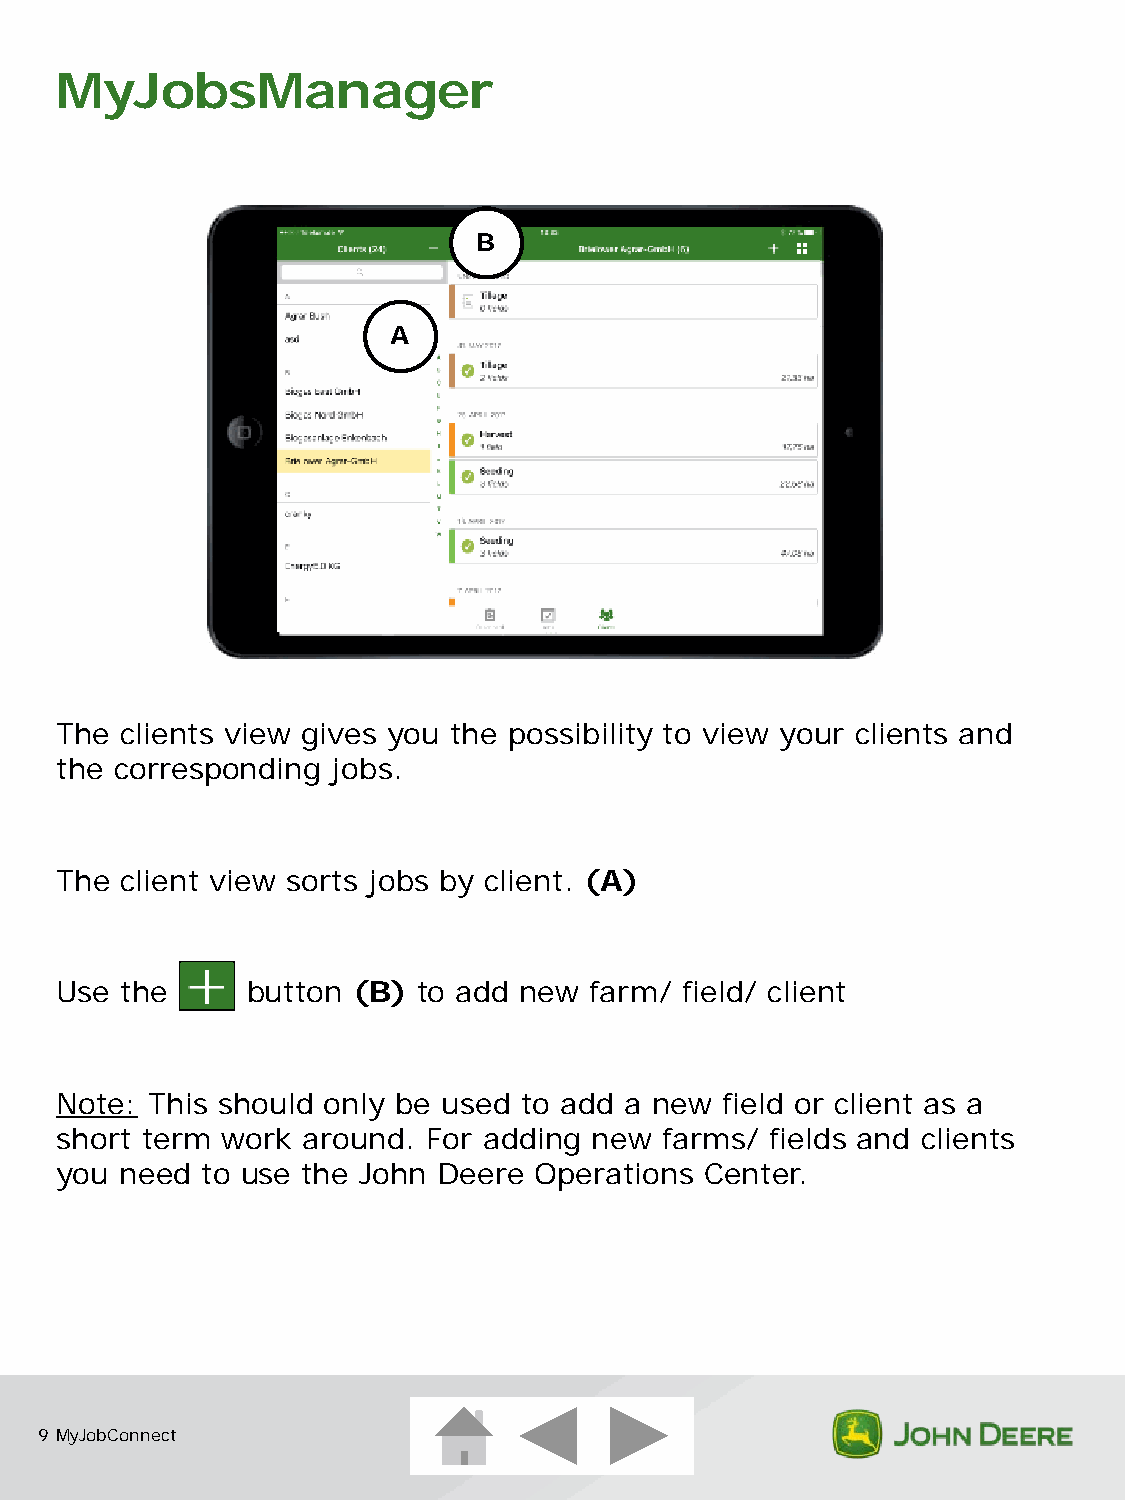
MyJobsManager
 B
 A
 The clients view gives you the possibility to view your clients and
 the corresponding jobs.
 The client view sorts jobs by client. (A)
 Use the     button (B)  to add new farm/ field/ client
 Note: This should only be used to add a new field or client as a
 short term work around. For adding new  farms/ fields and clients
 you need to use the John Deere Operations  Center.
 9 MyJobConnect